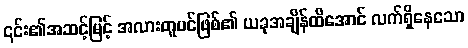
၎င်း၏အဆင့်မြင့် အလားတူပင်ဖြစ်၏ ယခုအချိန်ထိအောင် လက်ရှိနေသော